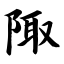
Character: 陬